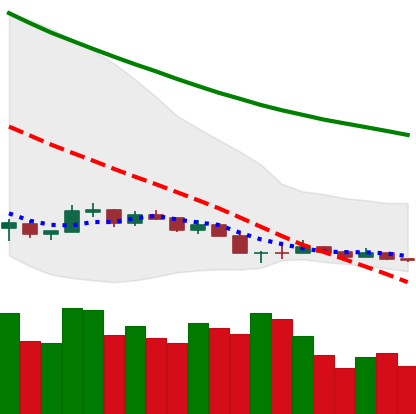
Ticker: NEO-USD
Chart end date: 2018-12-14
Forward return: 18.795%
Label: up_7plus